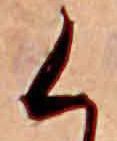
く